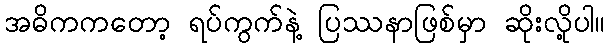
အဓိကကတော့ ရပ်ကွက်နဲ့ ပြဿနာဖြစ်မှာ ဆိုးလို့ပါ။